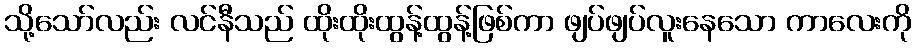
သို့သော်လည်း လင်နီသည် ထိုးထိုးထွန့်ထွန့်ဖြစ်ကာ ဖျပ်ဖျပ်လူးနေသော ကာလေးကို